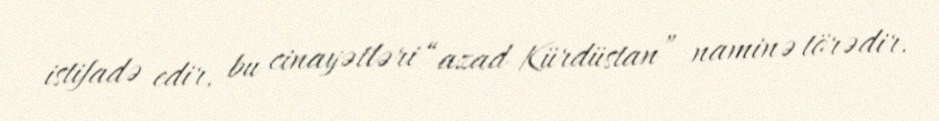
istifadə edir, bu cinayətləri “azad Kürdüstan” naminə törədir.